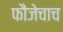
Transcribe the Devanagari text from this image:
फौजेचाच